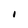
Character: 1